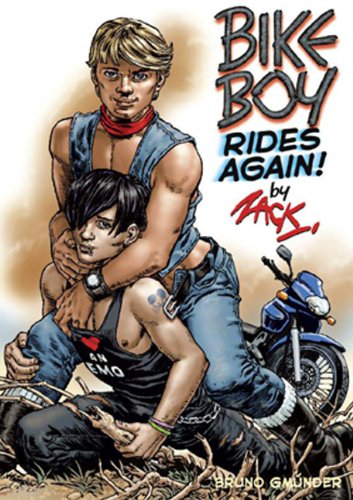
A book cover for Bike Boy Rides Again; Zack; Comics & Graphic Novels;